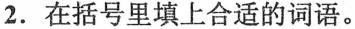
2. 在括号里填上合适的词语。